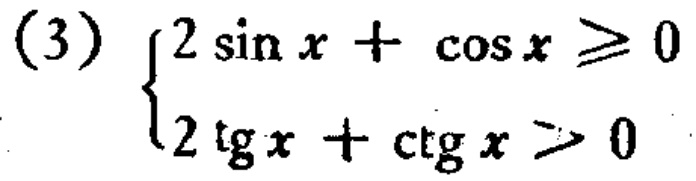
\(\begin{cases}2\sin x + \cos x \geqslant 0 \\ 2\operatorname{tg}x + \operatorname{ctg}x > 0\end{cases}\)